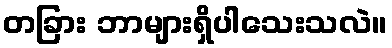
တခြား ဘာများရှိပါသေးသလဲ။